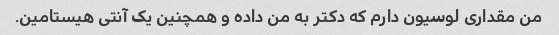
من مقداری لوسیون دارم که دکتر به من داده و همچنین یک آنتی هیستامین.